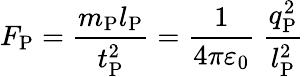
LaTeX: F_{\mathrm{P}}={\frac{m_{\mathrm{P}}l_{\mathrm{P}}}{t_{\mathrm{P}}^{2}}}={\frac{1}{4\pi\varepsilon_{0}}}\ {\frac{q_{\mathrm{P}}^{2}}{l_{\mathrm{P}}^{2}}}